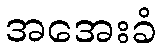
အအေးခံ